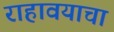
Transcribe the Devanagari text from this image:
राहावयाचा